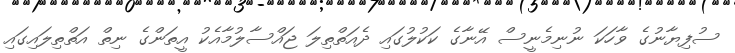
ސުފިޔާނުގެ ވާހަކަ ނުނިމެނީސް އޭނާގެ ކަކުލުގައި ދެއަތްތިލަ ޖައްސާލުމާއެކު އީތަންގެ ނިތް އަތްތިލައިގައި